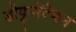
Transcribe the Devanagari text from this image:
डोकुमेंटेशन